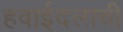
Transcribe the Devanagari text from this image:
हवाईदलाची